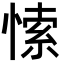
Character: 𭝻